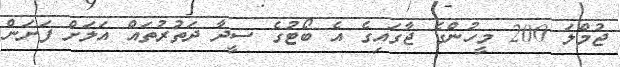
ޖުމްލަ 200 މީހުންގެ ޖާގައިގެ އެ ބޯޓުގެ ސީދާ ދަތުރުތައް އަލަށް ފަށަން